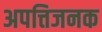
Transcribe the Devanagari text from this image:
अपत्तिजनक